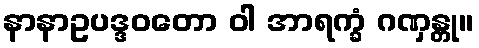
နာနာဥပဒ္ဒဝတော ဝါ အာရက္ခံ ဂဏှန္တု။